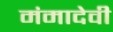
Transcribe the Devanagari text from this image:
मंमादेवी